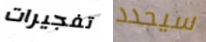
تفجيرات سيحدد